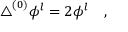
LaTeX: \triangle ^ { ( 0 ) } \phi ^ { l } = 2 \phi ^ { l } ~ ~ ~ ,